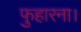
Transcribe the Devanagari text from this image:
फुहारना।